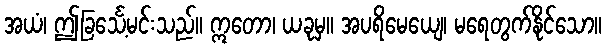
အယံ၊ ဤခြင်္သေ့မင်းသည်။ ဣတော၊ ယခုမှ။ အပရိမေယျေ၊ မရေတွက်နိုင်သော။